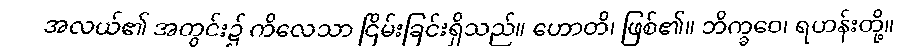
အလယ်၏ အတွင်း၌ ကိလေသာ ငြိမ်းခြင်းရှိသည်။ ဟောတိ၊ ဖြစ်၏။ ဘိက္ခဝေ၊ ရဟန်းတို့။